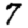
Digit: 7